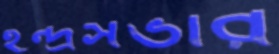
ইন্দ্রসভার